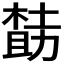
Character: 𪳌